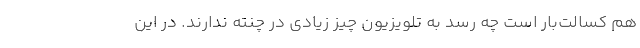
هم کسالت‌بار است چه رسد به تلویزیون چیز زیادی در چنته ندارند. در این